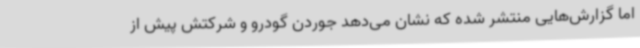
اما گزارش‌هایی منتشر شده که نشان می‌دهد جوردن گودرو و شرکتش پیش از